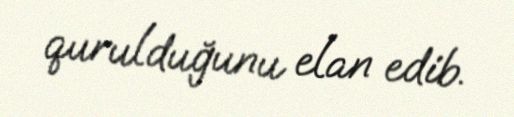
qurulduğunu elan edib.